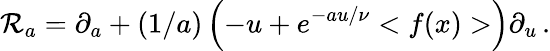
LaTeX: \mathcal{R}_{a}=\partial_{a}+(1/a)\left(-u+e^{-au/\nu}<f(x)>\right)\partial_{u}\, .